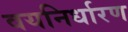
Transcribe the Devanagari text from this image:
वयनिर्धारण